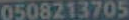
0508213705